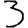
Digit: 3